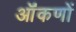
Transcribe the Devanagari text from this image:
ऑंकणों